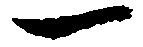
一